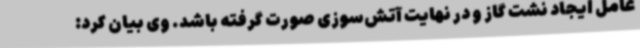
عامل ایجاد نشت گاز و در نهایت آتش‌سوزی صورت گرفته باشد. وی بیان کرد: